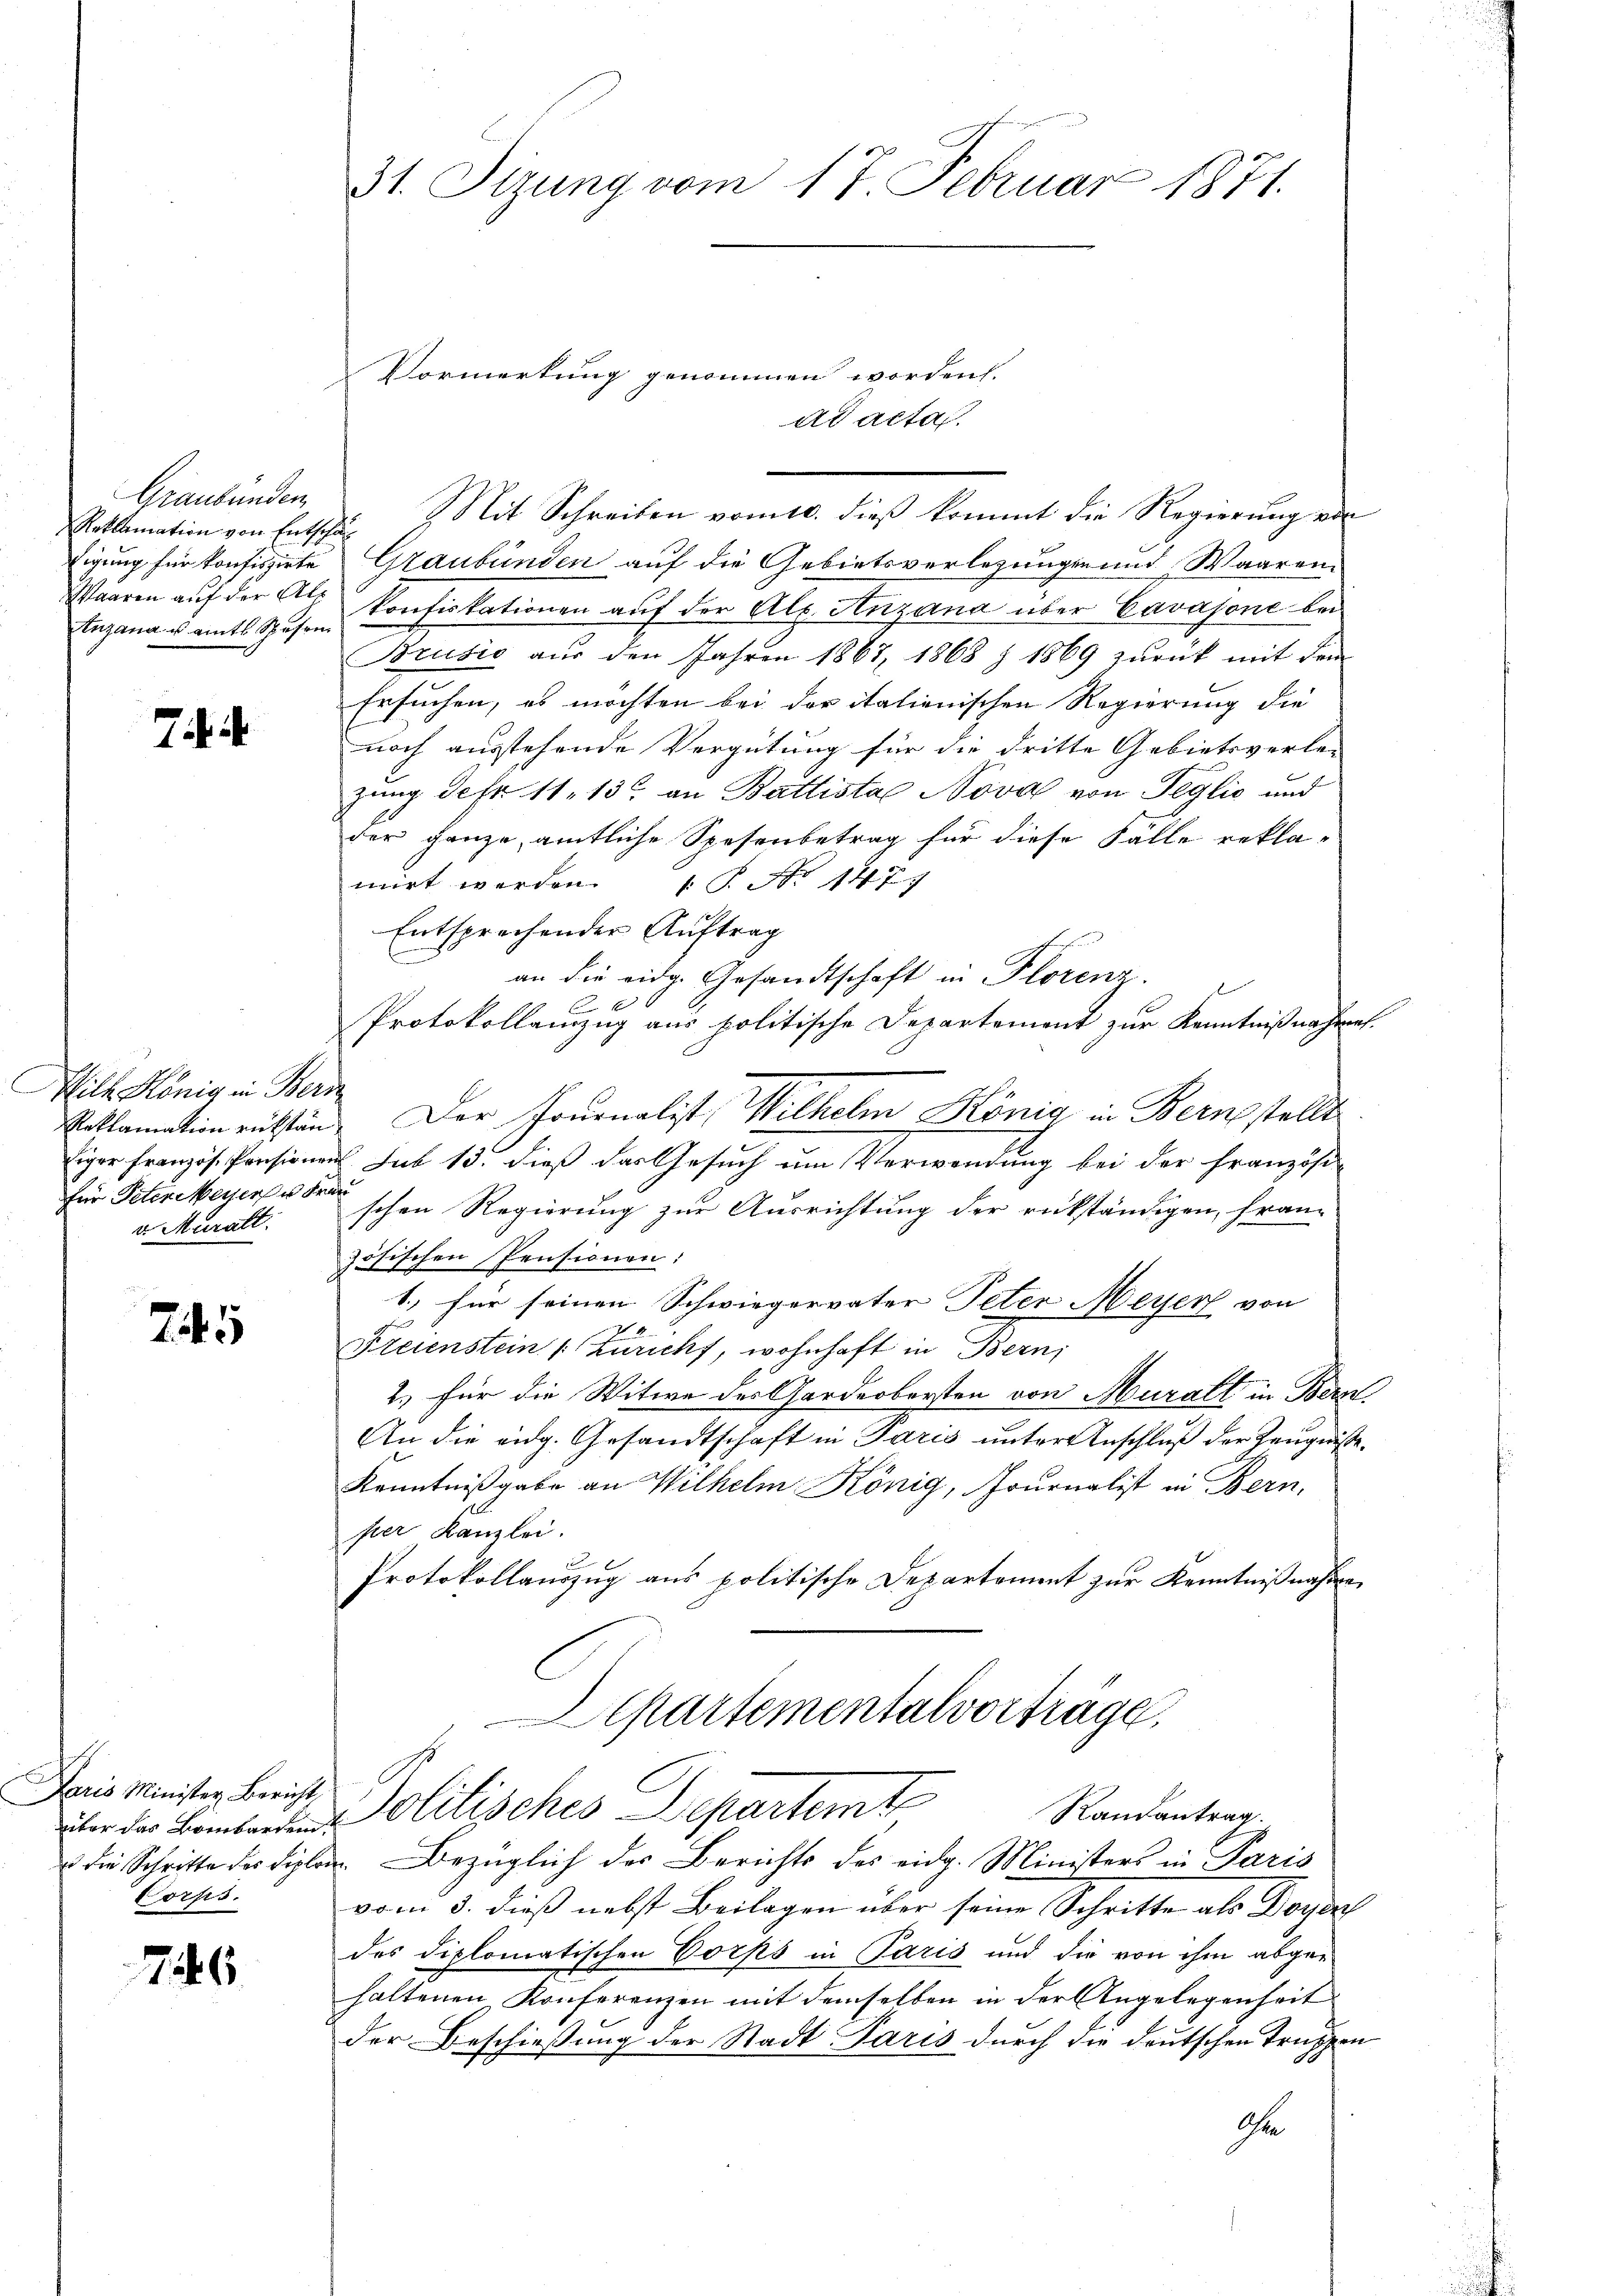
Graubünden
Reklamation von Entsch
sigung für konfiszirte
Waaren auf der Al¬
Enzana u. amts Spesen

7

Wille König in Beri
iger Französ. Pensionen
für Peterieser Fr
v. Muratt.

745

Paris Minister Bericht,
über das Bombarden.
u die Schritte der Diplon
Corps.

76

31. Sizung vom 17. Februar 1871.

Vormerkung genommen worden.
ad acta
.
Graubünden auf die Gebietsverlegungen und Waaren.
konfiskationen aŭf der Ale. Anzana über Cavajone bei
Brusić aus den Jahren 1867, 1868 § 1869 zurück mit dem
Ersuchen, es möchten bei der italienischen Regierung die
noch ausstehende Vergütung für die dritte Gebietsverle-
zung der 11. 13 an Battista Nova von Teglić und
der ganze, amtliche Spesenbetrag für diese Fälle rekla-
mirt werden. (T. No 1477
Entsprechender Auftrag
an die eidg. Gesandtschaft in Florenz.
Protokollanzug aus politische Departement zur Kenntnißnahmes-
Roklamation rükstände. Der Journalist, Wilhelm König in Bern stellt
. sub 15. dieß der Gesuch um Verwendung bei der Französi-
rafe
schen Regierung zur Ausrichtung der rükständigen, fran-
zösischen Pensionen:
1.) für seinen Schwiegervater Peter Meyer von
Freienstein Züricht, wohnhaft in Bern;
2.) Für die Witwe des Aardeobersten von Muralt in Bern
An die eidg. Gesandtschaft in Paris unter Anschluß der Zeugnisse
Kenntnißgabe an Wilhelm König, Journalist in Bern,
pter Kanzlei.
Protokollauszug aus politische Departement zur Kenntnißnahme
Separtementalvorträge.
Politisches Departemt
Randantrag.
u. Bezüglich der Berichts des eidg. Ministers in Paris
vom 3. dieß nebst Beilagen über seine Schritte als Doyer
des diplomatischen Corps in Paris und die von ihm abgehaltenen Konferenzen mit demselben in der Angelegenheit
der Beschießung der Stadt Paris durch die deutschen Truppen
Ihr

Mit Schreiben vom 10. dieß kommt die Regierung ein